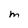
Character: m